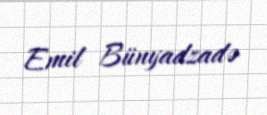
Emil Bünyadzadə